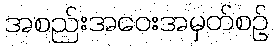
အစည်းအဝေးအမှတ်စဉ်